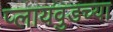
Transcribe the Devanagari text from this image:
प्लायवुडच्या